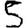
Digit: 5